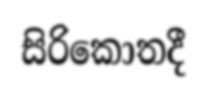
සිරිකොතදී